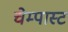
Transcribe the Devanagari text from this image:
चेम्पास्ट